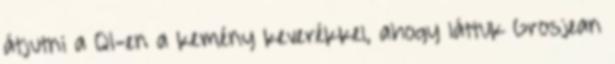
átjutni a Q1-en a kemény keverékkel, ahogy láttuk Grosjean